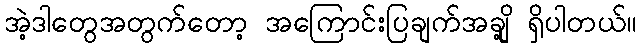
အဲ့ဒါတွေအတွက်တော့ အကြောင်းပြချက်အချို့ ရှိပါတယ်။